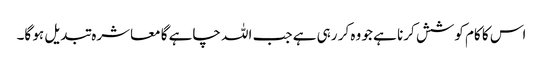
اس کا کام کوشش کرنا ہے جو وہ کر رہی ہے جب اللہ چاہے گا معاشرہ تبدیل ہو گا۔